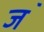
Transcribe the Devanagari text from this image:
ज॓